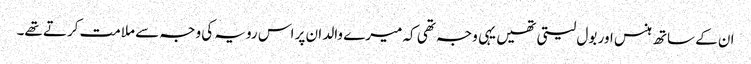
ان کے ساتھ ہنس اور بول لیتی تھیں یہی وجہ تھی کہ میرے والد ان پر اس رویہ کی وجہ سے ملامت کرتے تھے۔